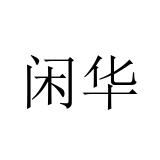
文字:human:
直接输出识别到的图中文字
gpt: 闲华